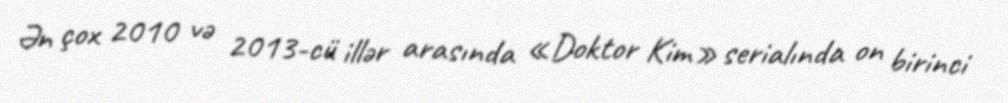
Ən çox 2010 və 2013-cü illər arasında «Doktor Kim» serialında on birinci